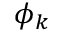
\phi _ { k }